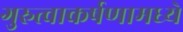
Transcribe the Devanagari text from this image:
गुरुत्वाकर्षणामध्ये